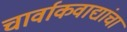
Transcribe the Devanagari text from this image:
चार्वाकवाद्यांचा